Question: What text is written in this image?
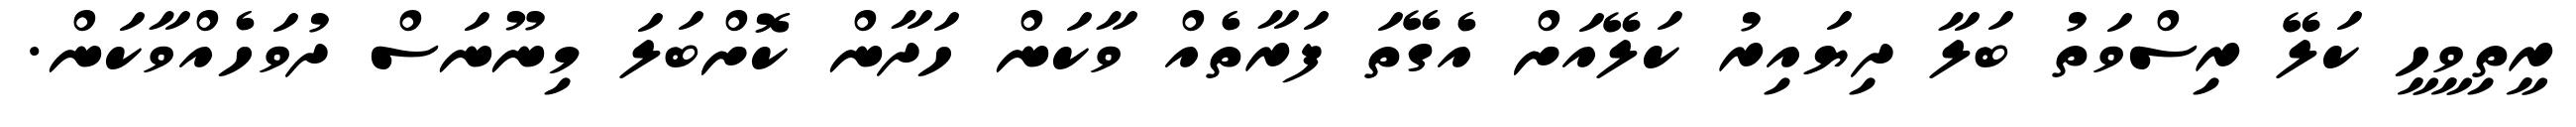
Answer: ރީތިވީހީ ކަލޭ ރިސްވަތު ބަލާ ދިޔައިރު ކަލޭއަށް އެގޭތަ ފަރާތެއް ވާކަން ހަދާން ކޮށްބަލަ މިނޫނަސް ދުވަހެއްވާކަން.